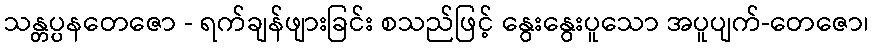
သန္တပ္ပနတေဇော - ရက်ချန်ဖျားခြင်း စသည်ဖြင့် နွေးနွေးပူသော အပူပျက်-တေဇော၊